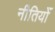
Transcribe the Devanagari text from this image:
नीतियोँ